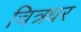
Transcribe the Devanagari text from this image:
चित्रधर